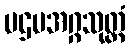
ပဌမအဂ္ဂသုတ္တံ